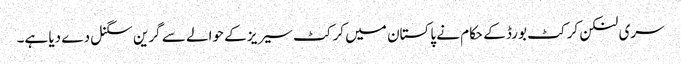
سری لنکن کرکٹ بورڈ کے حکام نے پاکستان میں کرکٹ سیریز کے حوالے سے گرین سگنل دے دیا ہے۔